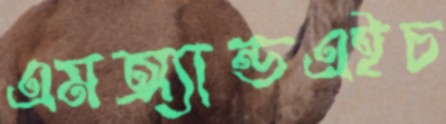
এমঅ্যান্ডএইচ